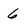
Character: 6